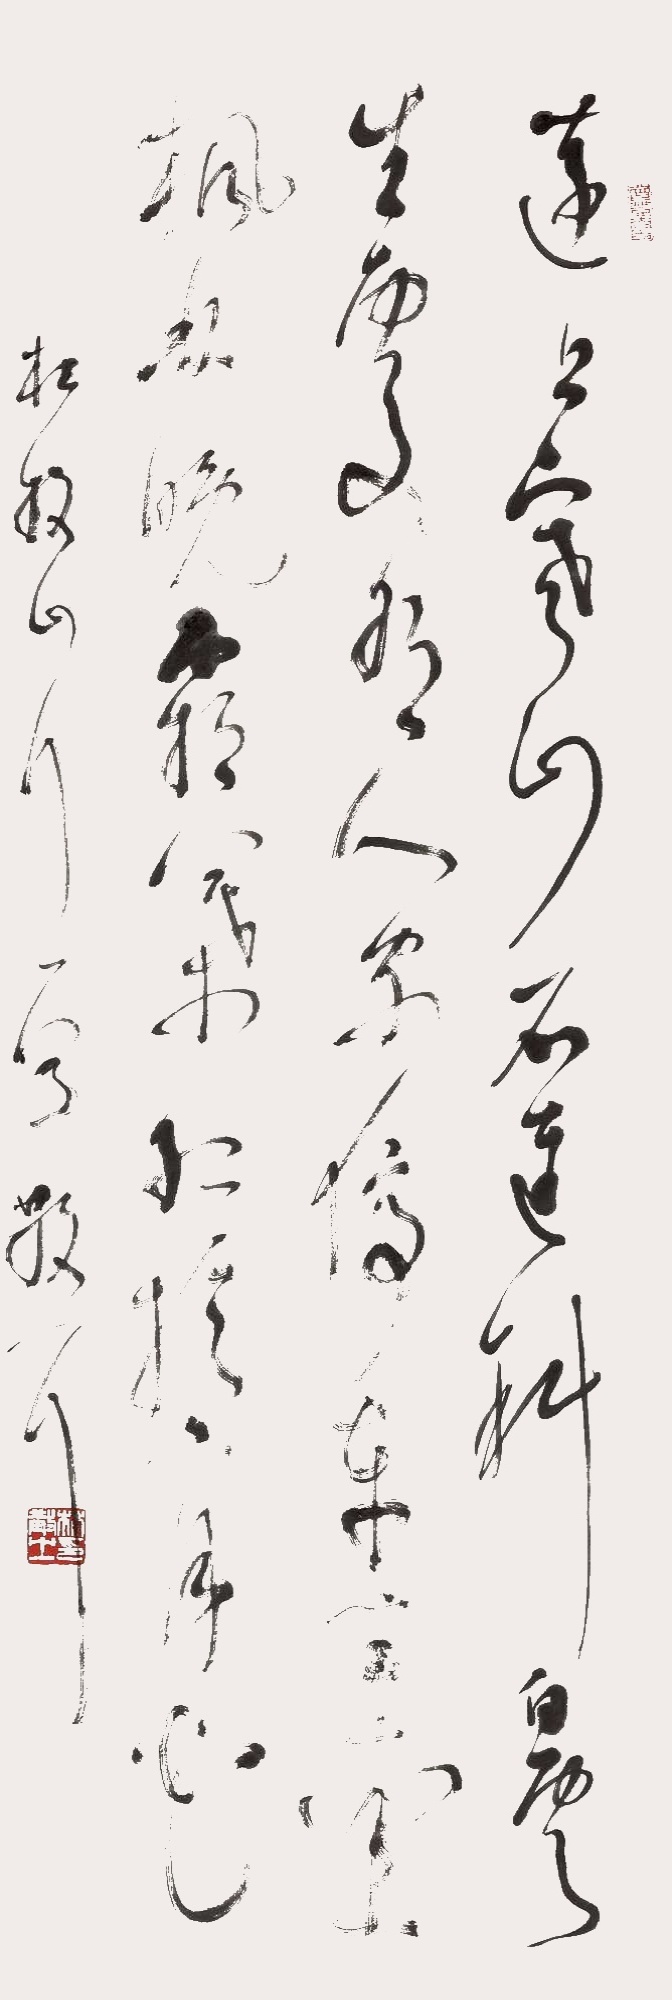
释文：远上寒山石径斜，白云生处有人家。停车坐爱枫林晚，霜叶红于二月花。杜牧《山行》一首，散耳。